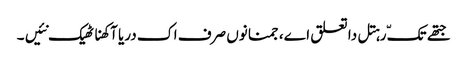
جتھے تکّ رہتل دا تعلق اے، جمنا نوں صرف اک دریا آکھنا ٹھیک نئیں ۔